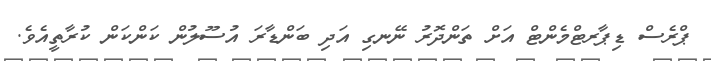
ޕްރެސް ޑިޕާރޓްމެންޓް އަށް ތަންދޮރު ނޭނގި އަދި ބަންޑާރަ އުސޫލުން ކަންކަން ކުރާތީއެވެ.